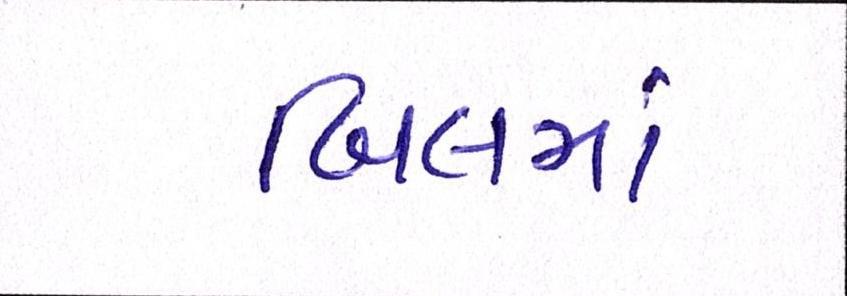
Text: બિલમાં